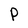
Character: P